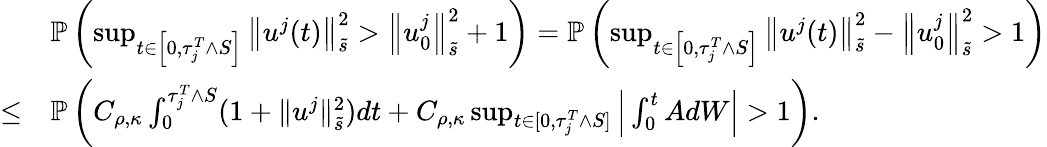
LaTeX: \begin{array}{rl}&{\mathbb P\left(\operatorname*{sup}_{t\in\left[0,\tau_{j}^{T}\wedge S\right]}\left\| u^{j}(t)\right\| _{\tilde{s}}^{2}>\left\| u_{0}^{j}\right\| _{\tilde{s}}^{2}+1\right)=\mathbb P\left(\operatorname*{sup}_{t\in\left[0,\tau_{j}^{T}\wedge S\right]}\left\| u^{j}(t)\right\| _{\tilde{s}}^{2}-\left\| u_{0}^{j}\right\| _{\tilde{s}}^{2}>1\right)}\\ {\leq}&{\mathbb P\left(C_{\rho,\kappa}\int_{0}^{\tau_{j}^{T}\wedge S}(1+\| u^{j}\| _{\tilde{s}}^{2})dt+C_{\rho,\kappa}\operatorname*{sup}_{t\in[0,\tau_{j}^{T}\wedge S]}\Big|\int_{0}^{t}AdW\Big|>1\right).}\end{array}